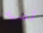
قضيه